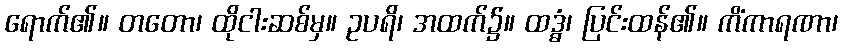
ရောက်၏။ တတော၊ ထိုငါးဆစ်မှ။ ဥပရိ၊ အထက်၌။ ထဒ္ဓံ၊ ပြင်းထန်၏။ ကိံကာရဏာ၊